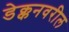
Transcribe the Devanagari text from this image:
डेक्कनवरील